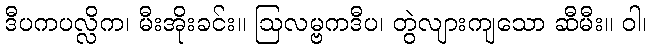
ဒီပကပလ္လိက၊ မီးအိုးခင်း။ ဩလမ္ဗကဒီပ၊ တွဲလျားကျသော ဆီမီး။ ဝါ၊